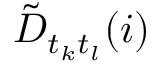
\tilde { D } _ { t _ { k } t _ { l } } ( i )